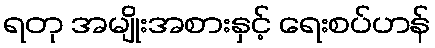
ရတု အမျိုးအစားနှင့် ရေးစပ်ဟန်